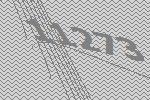
11273